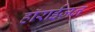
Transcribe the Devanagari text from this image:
हाॅराईज़न